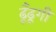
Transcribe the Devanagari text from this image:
ढूँढूगी